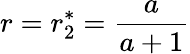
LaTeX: r=r_{2}^{*}=\frac{a}{a+1}